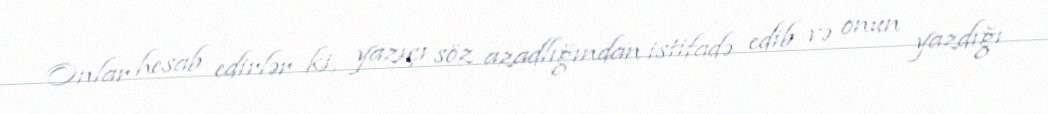
Onlar hesab edirlər ki, yazıçı söz azadlığından istifadə edib və onun yazdığı